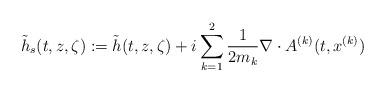
LaTeX: \begin{align*} \tilde{h}_s(t,z,\zeta) := \tilde{h}(t,z,\zeta) + i\sum_{k=1}^2\frac{1}{2m_k}\nabla\cdot A^{(k)}(t,x^{(k)}) \end{align*}